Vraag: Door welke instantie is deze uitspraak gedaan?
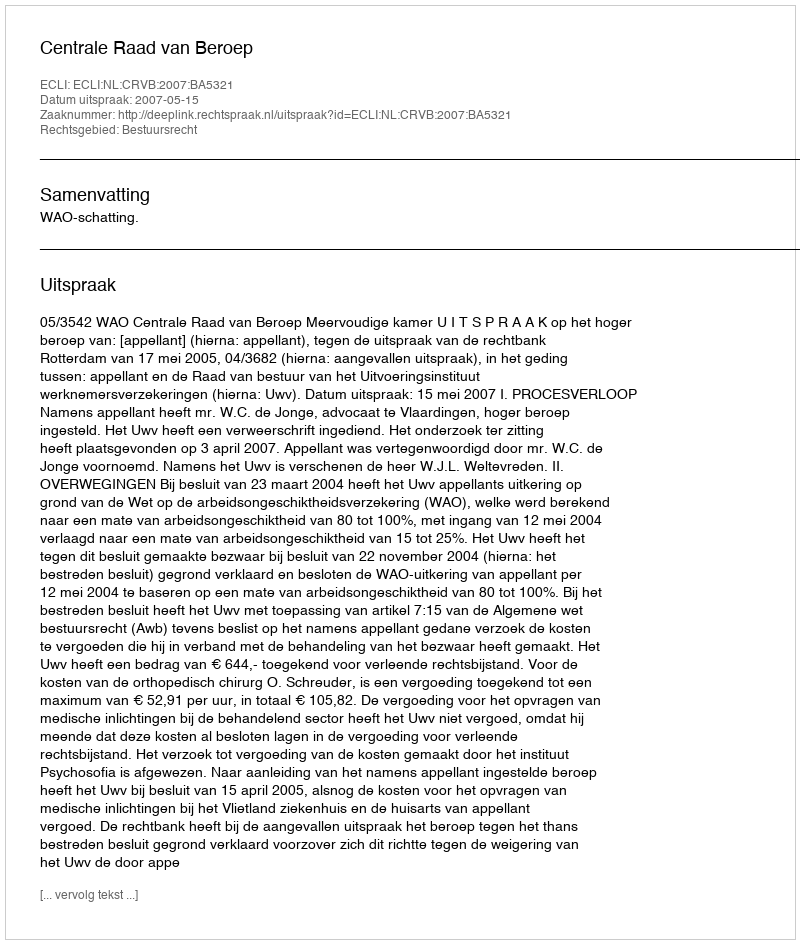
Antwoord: Centrale Raad van Beroep